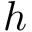
h